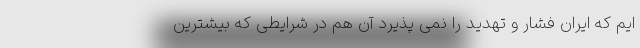
ایم که ایران فشار و تهدید را نمی پذیرد آن هم در شرایطی که بیشترین